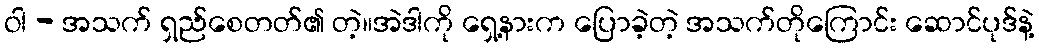
ဝါ - အသက် ရှည်စေတတ်၏ တဲ့။အဲဒါကို ရှေ့နားက ပြောခဲ့တဲ့ အသက်တိုကြောင်း ဆောင်ပုဒ်နဲ့